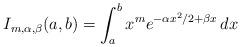
LaTeX: \begin{align*} I_{m, \alpha, \beta}(a, b) = \int_a^b x^m e^{-\alpha x^2/2 + \beta x} \, dx\end{align*}